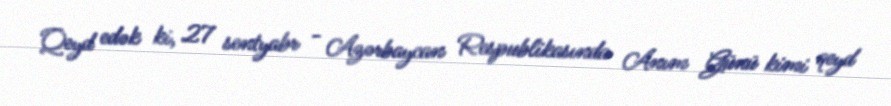
Qeyd edək ki, 27 sentyabr - Azərbaycan Respublikasında Anım Günü kimi qeyd